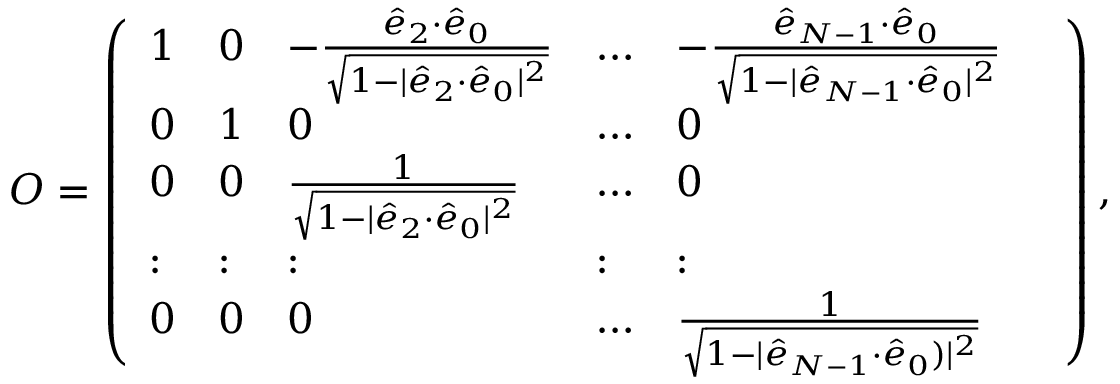
\begin{array} { r } { \! O = \left( \begin{array} { l l l l l l } { 1 } & { 0 } & { - \frac { \hat { e } _ { 2 } { \cdot } \hat { e } _ { 0 } } { \sqrt { 1 - | \hat { e } _ { 2 } { \cdot } \hat { e } _ { 0 } | ^ { 2 } } } } & { \dots } & { - \frac { \hat { e } _ { N - 1 } { \cdot } \hat { e } _ { 0 } } { \sqrt { 1 - | \hat { e } _ { N - 1 } { \cdot } \hat { e } _ { 0 } | ^ { 2 } } } } & \\ { 0 } & { 1 } & { 0 } & { \dots } & { 0 } \\ { 0 } & { 0 } & { \frac { 1 } { \sqrt { 1 - | \hat { e } _ { 2 } { \cdot } \hat { e } _ { 0 } | ^ { 2 } } } } & { \dots } & { 0 } \\ { : } & { : } & { : } & { : } & { : } \\ { 0 } & { 0 } & { 0 } & { \dots } & { \frac { 1 } { \sqrt { 1 - | \hat { e } _ { N - 1 } { \cdot } \hat { e } _ { 0 } ) | ^ { 2 } } } } \end{array} \right) , } \end{array}